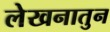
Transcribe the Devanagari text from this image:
लेखनातुन